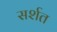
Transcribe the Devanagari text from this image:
सर्शत